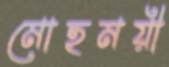
মোহময়ী